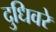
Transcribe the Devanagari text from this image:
दुधिवरे